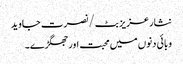
نثار عزیز بٹ /نصرت جاوید
وبائی دنوں میں محبت اور جھگڑے۔